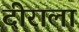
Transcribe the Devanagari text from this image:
दीराला